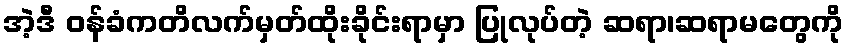
အဲ့ဒီ ဝန်ခံကတိလက်မှတ်ထိုးခိုင်းရာမှာ ပြုလုပ်တဲ့ ဆရာ၊ဆရာမတွေကို